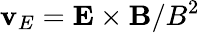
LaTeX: \mathbf{v}_{E}=\mathbf{E}\times\mathbf{B}/B^{2}